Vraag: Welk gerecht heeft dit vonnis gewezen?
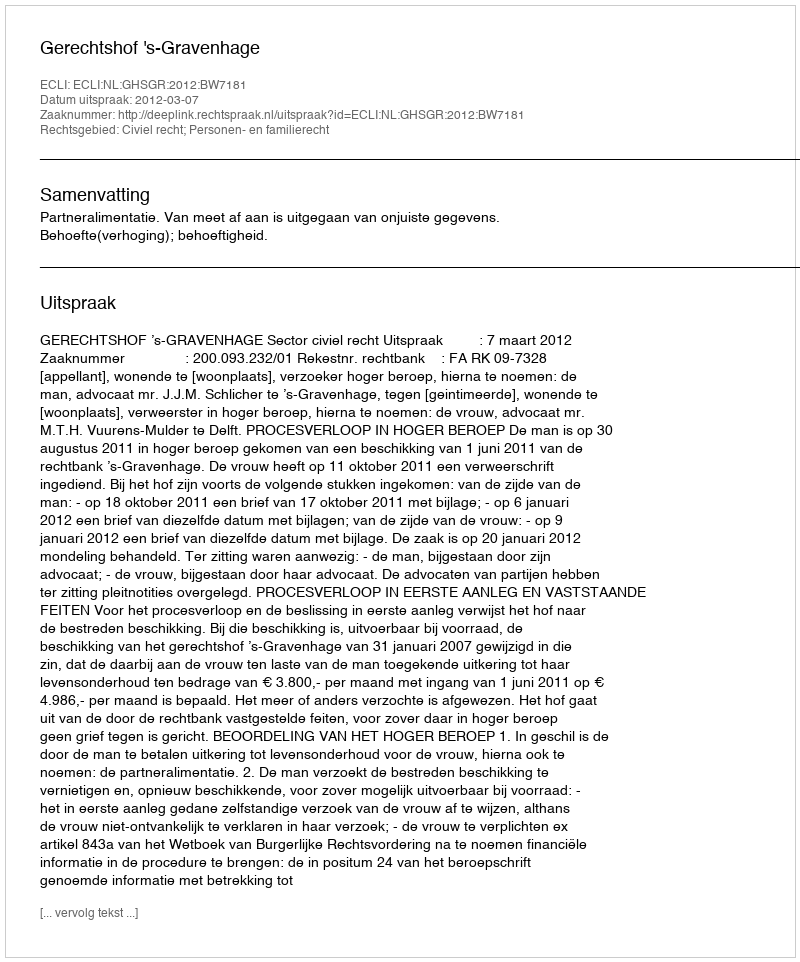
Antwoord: Gerechtshof 's-Gravenhage